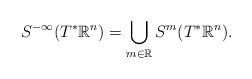
LaTeX: \begin{align*}S^{-\infty}(T^*\mathbb{R}^n) = \bigcup_{m\in \mathbb{R}} S^m(T^*\mathbb{R}^n).\end{align*}